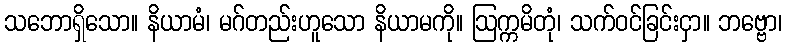
သဘောရှိသော။ နိယာမံ၊ မဂ်တည်းဟူသော နိယာမကို။ ဩက္ကမိတုံ၊ သက်ဝင်ခြင်းငှာ။ ဘဗ္ဗော၊